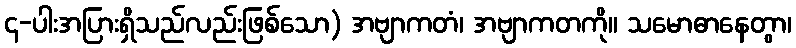
၄-ပါးအပြားရှိသည်လည်းဖြစ်သော) အဗျာကတံ၊ အဗျာကတကို။ သမောဓာနေတွာ၊